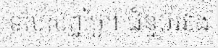
ទល់សព្វថ្ងៃ។ ជំនួបរវាង